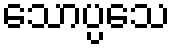
သောပ္ပသေ